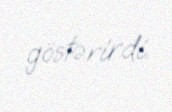
göstərirdi.